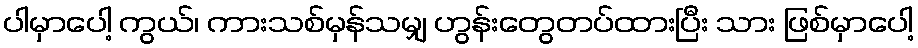
ပါမှာပေါ့ ကွယ်၊ ကားသစ်မှန်သမျှ ဟွန်းတွေတပ်ထားပြီး သား ဖြစ်မှာပေါ့